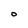
Character: o